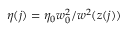
\eta ( j ) = \eta _ { 0 } w _ { 0 } ^ { 2 } / w ^ { 2 } ( z ( j ) )